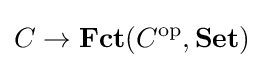
C\to \mathbf {Fct} (C^{\text{op}},\mathbf {Set} )